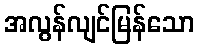
အလွန်လျင်မြန်သော